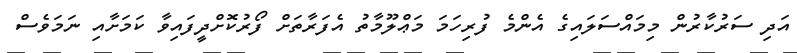
އަދި ސަރުކާރުން މިމައްސަލައިގެ އެންމެ ފުރިހަމަ މަޢްލޫމާތު އެފަރާތަށް ފޯރުކޮށްދީފައިވާ ކަމަށާއި ނަމަވެސް